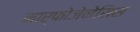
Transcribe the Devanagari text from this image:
मार्फोजेनेसिस